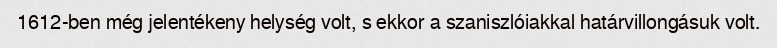
1612-ben még jelentékeny helység volt, s ekkor a szaniszlóiakkal határvillongásuk volt.